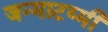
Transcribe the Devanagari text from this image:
जन्माटष्मी